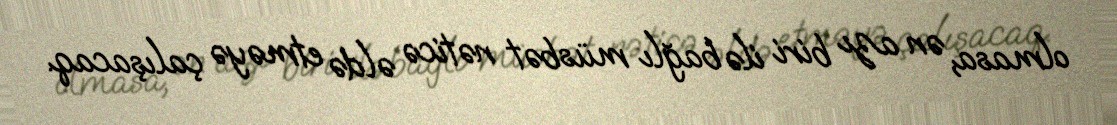
olmasa, ən azı biri ilə bağlı müsbət nəticə əldə etməyə çalışacaq.